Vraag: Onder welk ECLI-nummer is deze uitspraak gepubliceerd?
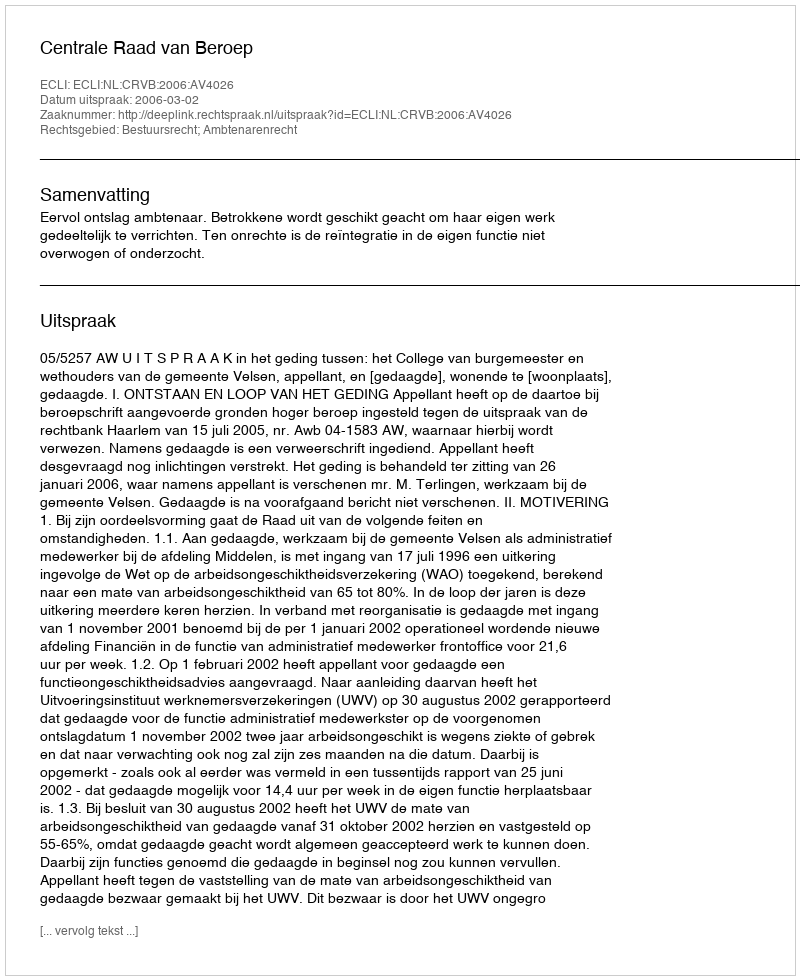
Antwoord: ECLI:NL:CRVB:2006:AV4026